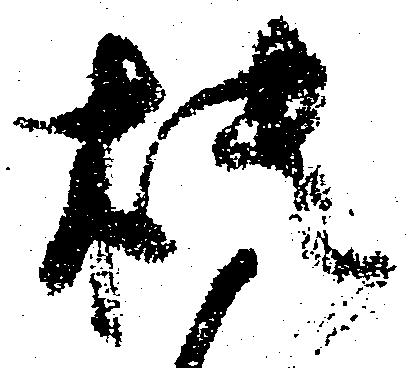
樻